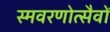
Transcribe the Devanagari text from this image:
स्मवरणोत्सैवों